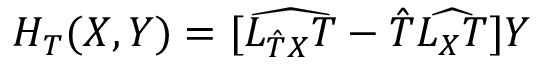
H _ { T } ( X , Y ) = [ \widehat { { \cal L } _ { { \hat { T } } X } T } - { \hat { T } } \widehat { { \cal L } _ { X } T } ] Y